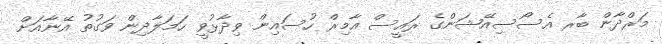
މަރްދާން ބާރ އެސޯސިއޭޝަންގެ ރައީސް އާމިރް ހުސައިން ވިދާޅުވީ ހަމަލާދިން ވަގުތު އޭނާއަށް